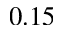
0 . 1 5